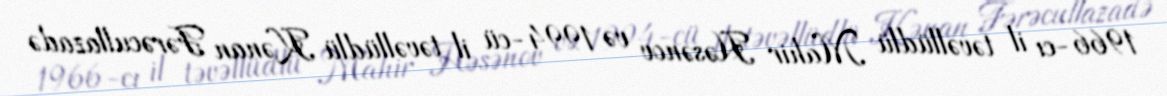
1966-cı il təvəllüdlü Mahir Həsənov və 1994-cü il təvəllüdlü Kənan Fərəcullazadə